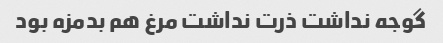
گوجه نداشت ذرت نداشت مرغ هم بدمزه بود